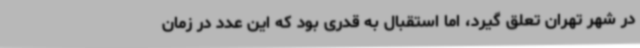
در شهر تهران تعلق گیرد، اما استقبال به قدری بود که این عدد در زمان